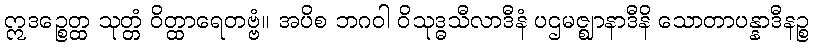
ဣဒဉ္စေတ္ထ သုတ္တံ ဝိတ္ထာရေတဗ္ဗံ။ အပိစ ဘဂဝါ ဝိသုဒ္ဓသီလာဒီနံ ပဌမဇ္ဈာနာဒီနိ သောတာပန္နာဒီနဉ္စ